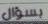
بسؤال